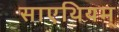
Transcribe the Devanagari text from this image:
साएथियम्‌